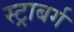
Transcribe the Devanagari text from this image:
स्ट्राबर्ग